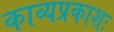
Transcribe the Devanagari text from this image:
काव्यप्रकाशः